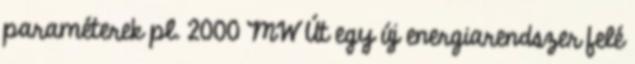
paraméterek pl. 2000 MW Út egy új energiarendszer felé